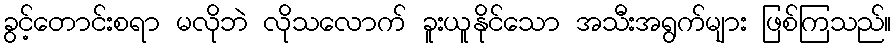
ခွင့်တောင်းစရာ မလိုဘဲ လိုသလောက် ခူးယူနိုင်သော အသီးအရွက်များ ဖြစ်ကြသည်။